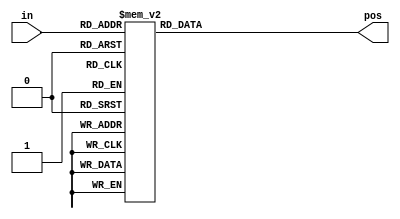
module top_module (
    input [3:0] in,
    output reg [1:0] pos  );
    
    always@(*)
        case(in)
            4'h0:pos=2'b00;
            4'h1:pos=2'b00;
            4'h2:pos=2'b01;
            4'h3:pos=2'b00;
            4'h4:pos=2'b10;
            4'h5:pos=2'b00;
            4'h6:pos=2'b01;
            4'h7:pos=2'b00;
            4'h8:pos=2'b11;
            4'h9:pos=2'b00;
            4'ha:pos=2'b01;
            4'hb:pos=2'b00;
            4'hc:pos=2'b10;
            4'hd:pos=2'b00;
            4'he:pos=2'b01;
            4'hf:pos=2'b00;  
        endcase
endmodule